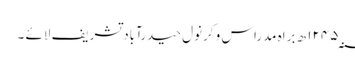
۱۲۴۵؁ ھ براہ مدراس و کرنول حیدرآباد تشریف لائے ۔